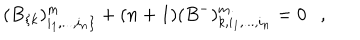
LaTeX: ( B _ { \{ k } ) _ { i _ { 1 } , . . . , i _ { n } \} } ^ { m } + ( n + 1 ) ( B ^ { - } ) _ { k , i _ { 1 } , . . . , i _ { n } } ^ { m } = 0 ,